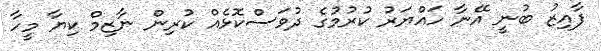
ފާއިޒު ބުނީ އޭނާ ހައްޔަރު ކުރުމުގެ ދުވަސްކޮޅެއް ކުރިން ނާޒިމް ކިޔާ މީހާ